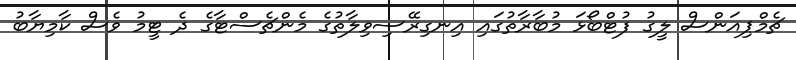
ޗެމްޕިއަންސް ލީގު ފުޓްބޯޅަ މުބާރާތުގައި އިނގިރޭސިވިލާތުގެ މެންޗެސްޓާގެ ދެ ޓީމު ވެސް ކާމިޔާބު